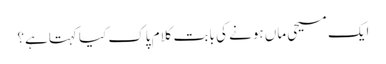
ایک مسیحی ماں ہونے کی بابت کلام پاک کیا کہتاہے؟